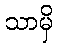
သာမှိ